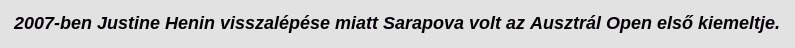
2007-ben Justine Henin visszalépése miatt Sarapova volt az Ausztrál Open első kiemeltje.